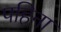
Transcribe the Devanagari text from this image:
पहिना